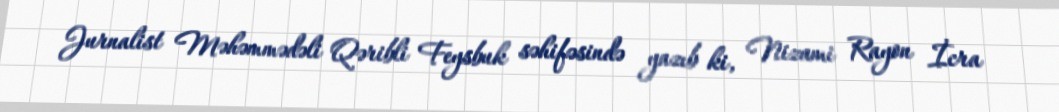
Jurnalist Məhəmmədəli Qəribli Feysbuk səhifəsində yazıb ki, Nizami Rayon İcra